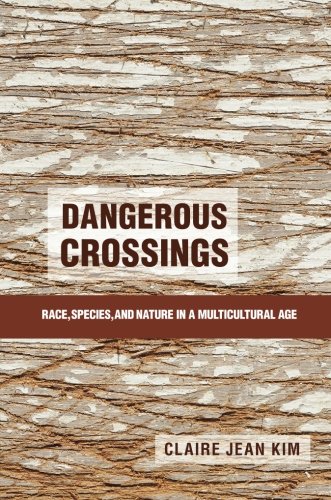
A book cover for Dangerous Crossings: Race, Species, and Nature in a Multicultural Age; Claire Jean Kim; Science & Math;